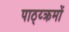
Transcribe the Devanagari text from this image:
पाठ्य्क्रमों